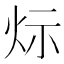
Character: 𤇋